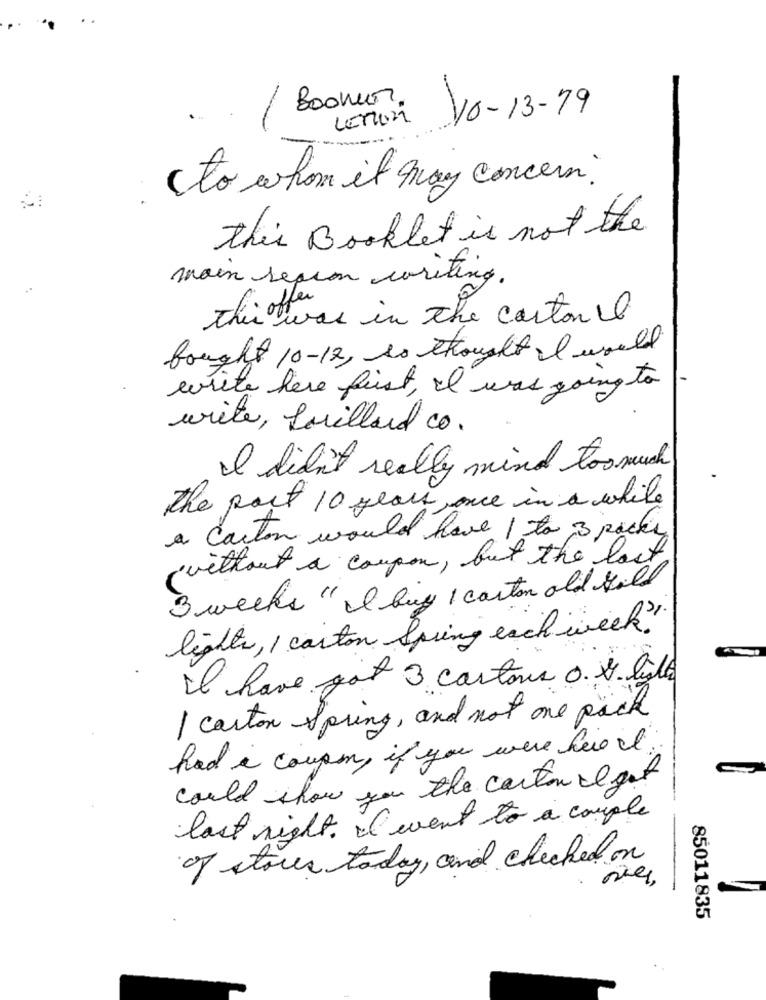
Boomer.
10-13-79
LEMON
to whom it may concern.
this Booklet is not the
main sepron writing.
this was in the canton il
bought 10-12, to thought I would
write here first, I was going to
write, Lorillard co.
I didn't really mind too much
the post 10 years once in a while
a carton would have 1 to 3 packs
without a coupon, but the last
3 weeks " II bing I carton old gold
lights, I carton Spring each week ?!
I have got 3 cartons O. S. lile
I carton Spring, and not one pack
had i coupe, if you were here it.
could show you the carton al get
last night. I went to a couple
of stores today, and checked on
85011835